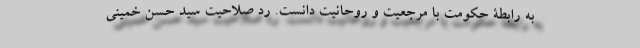
به رابطۀ حکومت با مرجعیت و روحانیت دانست. رد صلاحیت سید حسن خمینی